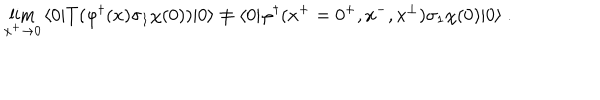
\lim _ { x ^ { + } \rightarrow 0 } \, \langle 0 | T ( \varphi ^ { \dagger } ( x ) \sigma _ { 1 } \chi ( 0 ) ) | 0 \rangle \neq \langle 0 | \varphi ^ { \dagger } ( x ^ { + } = 0 ^ { + } , x ^ { - } , x ^ { \perp } ) \sigma _ { 1 } \chi ( 0 ) | 0 \rangle \ .